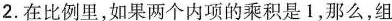
2.在比例里，如果两个内项的乘积是1，那么，组